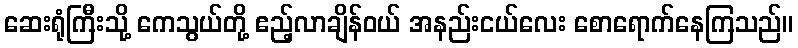
ဆေးရုံကြီးသို့ ကေသွယ်တို့ ဧည့်လာချိန်ဝယ် အနည်းငယ်လေး စောရောက်နေကြသည်။